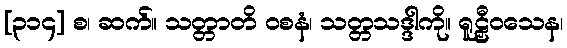
[၃၁၄] စ၊ ဆက်။ သတ္တာတိ ဝစနံ၊ သတ္တသဒ္ဒါကို။ ရူဠှီဝသေန၊